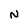
Character: N